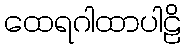
ထေရဂါထာပါဠိ